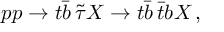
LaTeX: p p \to t \bar { b } \, \tilde { \tau } X \to t \bar { b } \, \bar { t } b X \, ,